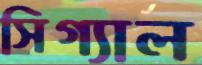
সিগ্যাল